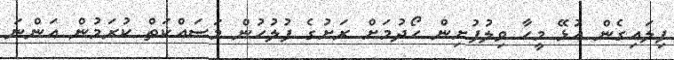
ފިލައިގެން އުޅޭ މީހާ ވިލުފުށިން ހޯދުމަށް ރަށުގެ ފުލުހުން މަސައްކަތް ކުރަމުން އަންނަ